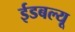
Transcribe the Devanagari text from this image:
ईडबल्यू